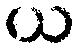
ယ